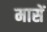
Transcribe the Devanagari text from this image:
मासें